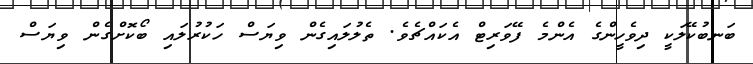
ބަނބުކޭލަކީ ދިވެހީންގެ އެންމެ ފޭވަރިޓް އެކައްޗެވެ. ތެލުލައިގެން ވިޔަސް ހަކުރުލައި ބޯކޮށްގެން ވިޔަސް